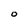
Character: O